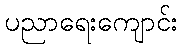
ပညာရေးကျောင်း